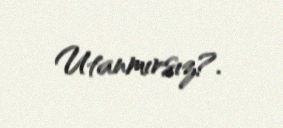
Utanmırsız?.